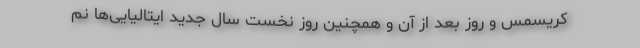
کریسمس و روز بعد از آن و همچنین روز نخست سال جدید ایتالیایی‌ها نم